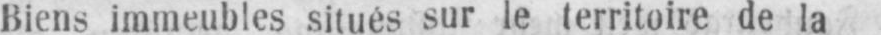
Biens immeubles situés sur le territoire de la